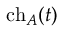
\operatorname { c h } _ { A } ( t )